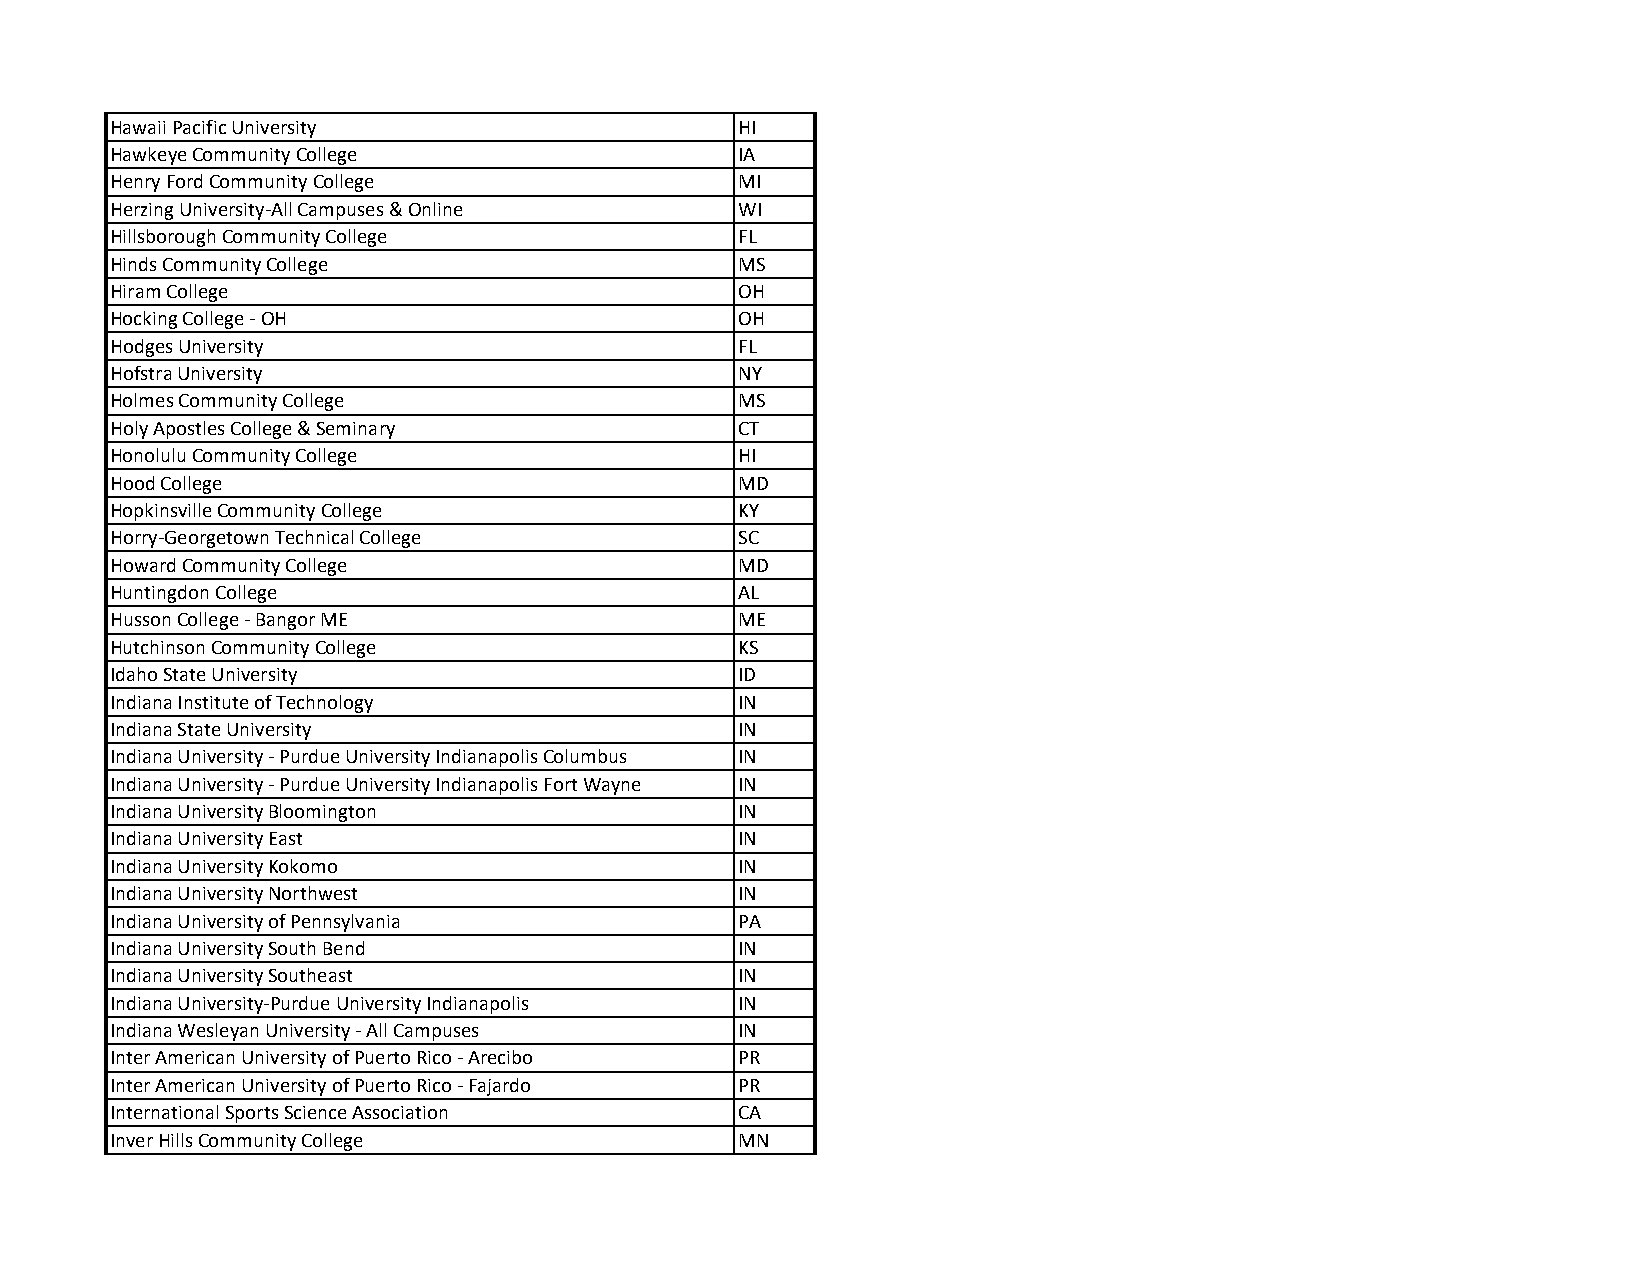
Hawaii Pacific University                 HI
 Hawkeye Community College                 IA
 Henry Ford Community College              MI
 Herzing University‐All Campuses & Online  WI
 Hillsborough Community College            FL
 Hinds Community College                   MS
 Hiram College                             OH
 Hocking College ‐ OH                      OH
 Hodges University                         FL
 Hofstra University                        NY
 Holmes Community College                  MS
 Holy Apostles College & Seminary          CT
 Honolulu Community College                HI
 Hood College                              MD
 Hopkinsville Community College            KY
 Horry‐Georgetown Technical College        SC
 Howard Community College                  MD
 Huntingdon College                        AL
 Husson College ‐ Bangor ME                ME
 Hutchinson Community College              KS
 Idaho State University                    ID
 Indiana Institute of Technology           IN
 Indiana State University                  IN
 Indiana University ‐ Purdue University Indianapolis Columbus IN
 Indiana University ‐ Purdue University Indianapolis Fort Wayne IN
 Indiana University Bloomington            IN
 Indiana University East                   IN
 Indiana University Kokomo                 IN
 Indiana University Northwest              IN
 Indiana University of Pennsylvania        PA
 Indiana University South Bend             IN
 Indiana University Southeast              IN
 Indiana University‐Purdue University Indianapolis IN
 Indiana Wesleyan University ‐ All Campuses IN
 Inter American University of Puerto Rico ‐ Arecibo PR
 Inter American University of Puerto Rico ‐ Fajardo PR
 International Sports Science Association  CA
 Inver Hills Community College             MN